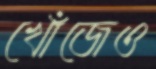
খোঁজেও